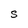
Character: S